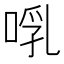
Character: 啂